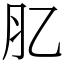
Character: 肊